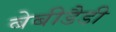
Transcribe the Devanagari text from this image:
बेबीडैडी